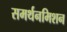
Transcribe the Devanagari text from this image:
समर्थनमिशन